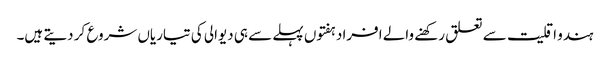
ہندو اقلیت سے تعلق رکھنے والے افراد ہفتوں پہلے سے ہی دیوالی کی تیاریاں شروع کر دیتے ہیں۔